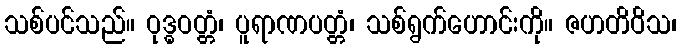
သစ်ပင်သည်။ ဝုဒ္ဓဝတ္တံ၊ ပူရာဏပတ္တံ၊ သစ်ရွက်ဟောင်းကို။ ဇဟတိဝိသ၊